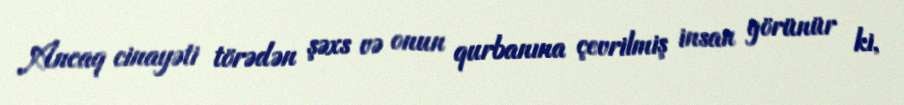
Ancaq cinayəti törədən şəxs və onun qurbanına çevrilmiş insan görünür ki,